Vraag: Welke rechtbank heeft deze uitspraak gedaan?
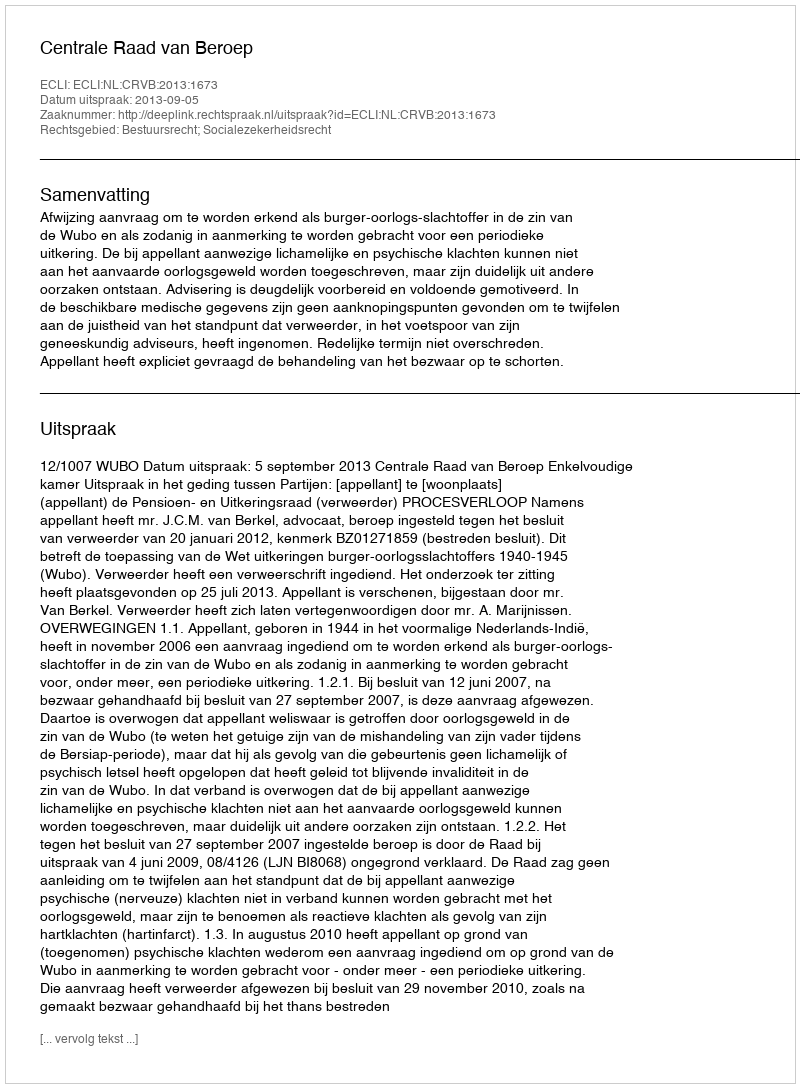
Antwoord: Centrale Raad van Beroep